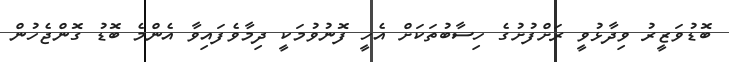
ބޮޑުވަޒީރު ވިދާޅުވީ ރަށްފުށުގެ ހިސާބުތަކަށް އެހީ ފޮނުވުމަކީ ދިމާވެފައިވާ އެންމެ ބޮޑު ގޮންޖެހުން